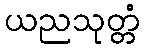
ယညသုတ္တံ